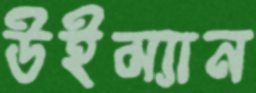
উইম্যান